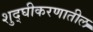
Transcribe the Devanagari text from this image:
शुद्घीकरणातील